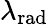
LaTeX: \lambda_{\mathrm{rad}}